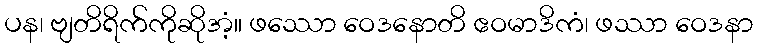
ပန၊ ဗျတိရိက်ကိုဆိုအံ့။ ဖဿော ဝေဒနောတိ ဧဝမာဒိကံ၊ ဖဿာ ဝေဒနာ